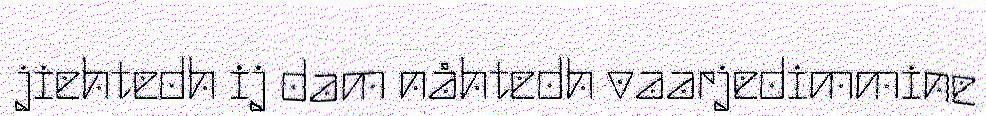
jiehtedh ij dam nåhtedh vaarjedimmine